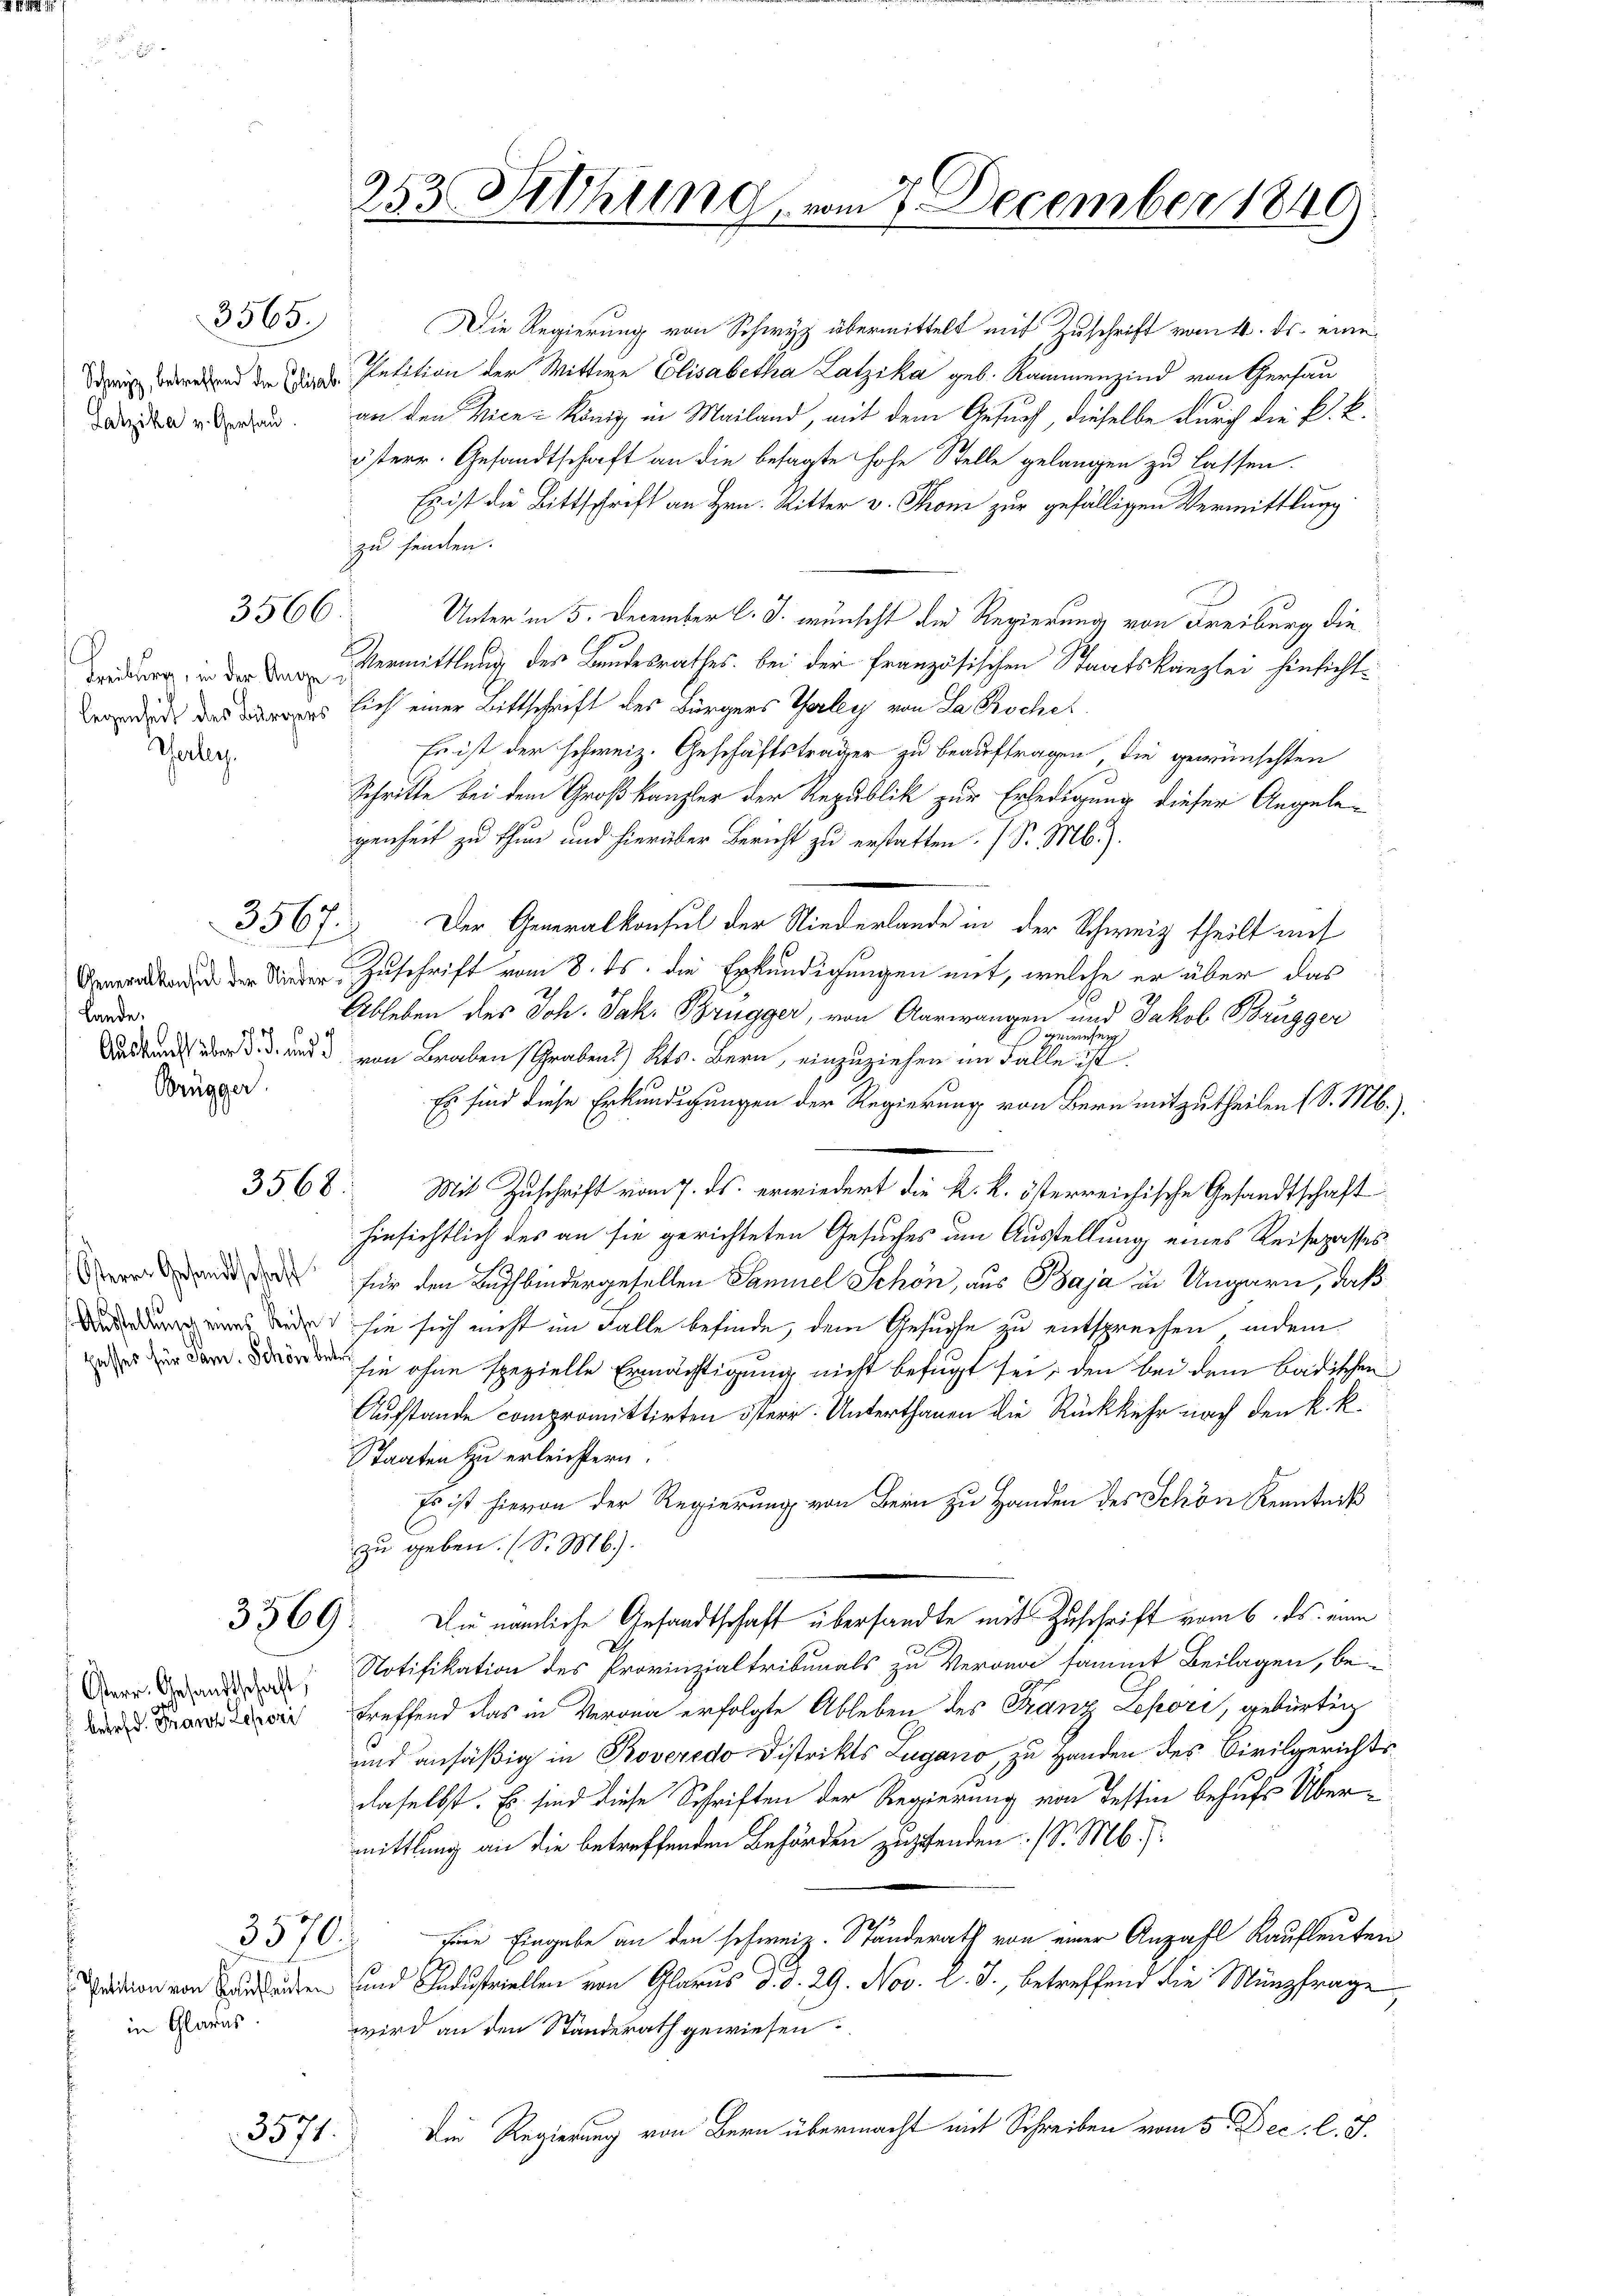
Latzika v. Gersau

3565.

3566.

Thale.

3567.

Lande.
N. N. 6
Brügger

3568.

Osterr. Gesandtschaft
Hasses für dam. Schön be¬

3369.

Österr.. Gesandtschaft,
befehd. Franz Leperi

3570.

in Glarus.

3571.

253 Sitzung vom 7. December 1849.

n der Petition der Wittwe Elisabetha Latzika geb. Rammenzind von Gersau
zu finden.
Unter in 5. December l. J. wünscht die Regierung von Freiburg die
r in der Vermittlung des Landesrathes. bei der französischen Staatskanzlei hinsichtrede dass sich einer Bittschrift des Bürgers Verley von La Brocher
Es ist der schweiz. Geschäftsträger zu beauftragen, die gewünschten
Schritte bei dem Großkanzler der Republik zur Erledigung dieser Angelegenheit zu thun und hierüber Bericht zu erstatten. I S. M.)
Der Generalkonsul der Niederlande in der Schweiz theilt auf
t der Nieder Zuschrift vom 8. ds. die Erkundigungen mit, welche er über das
Ableben des Joh. Jak. Brugger, von Aarwangen und Jakob Brugger
gewesen
.
Auskunft über d. d. und von Braben (Graben) Kts. Bern, einzuziehen im Falle ist.
Es sind diese Erkundigungen der Regierung von Bern mitzutheilen (S. Mb.),
Mit Zuschrift vom 7. ds. erwiedert die k. k. österreichische Gesandtschaft
hinsichtlich des an sie gerichteten Gesuches um Ausstellung eines Reisepasses
für den Buchbindergesellen Samuel Schön, aus Baja in Ungarn, daß
 dede sie sich nicht im Falle befinde, dem Gesuche zu entsprechen, indem
oder
sie ohne spezielle Ermächtigung nicht befugt sei; den bei dem Badischen
Aufstande compromittirten österr. Unterthanen die Rückkehr nach den k. k.
Staaten zu erleichtern.
Es ist hievon der Regierung von Bern zu Handen des Schön Kenntniß
zu geben. (S. M.).
Die nämliche Gesandtschaft übersandte mit Zuschrift vom 6. ds. eine
E
Notifikation des Provinzialtribunals zu Verren sammt Beilagen, bei
treffend das in Verona erfolgte Ableben des Franz Lepori, gebürtig
und ansäßig in Roveredo Distrikts Lugano, zu Handen des Civilgerichtsdaselbst. Es sind diese Schriften der Regierung von Tessin behufs Übermittlung an die betreffenden Behörden zuzufenden. (S. Mb.).
hüre Eingabe an den schweiz. Standerath von einer Anzahl Kaufleuten
ition von den und Industriellen von Glarus d. d. 29. Nov. l. J., betreffend die Münzfrage
wird an den Standerath gewiesen
Die Regierung von Bern übermacht mit Schreiben vom 5. Dec. l. J.

Die Regierung von Schwyz übermittelt mit Zuschrift vom 4. ds. eine
an den Vice-König in Mailand, mit dem Gesuch, dieselbe durch die P. k.
österr. Gesandtschaft an die besagte hohe Stelle gelangen zu lassen.
Es ist die Bittschrift an Hrn. Ritter v. Thon zur gefälligen Vermittlung